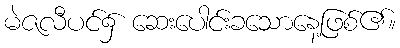
မဲဇလီပင်၌ ဆေးပေါင်းခသောနေ့ဖြစ်၏။